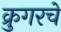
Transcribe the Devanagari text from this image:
क्रुगरचे